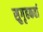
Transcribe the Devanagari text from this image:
सुगृहकर्ता